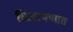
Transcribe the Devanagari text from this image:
विज्ञापणात